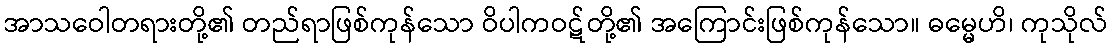
အာသဝေါတရားတို့၏ တည်ရာဖြစ်ကုန်သော ဝိပါကဝဋ်တို့၏ အကြောင်းဖြစ်ကုန်သော။ ဓမ္မေဟိ၊ ကုသိုလ်